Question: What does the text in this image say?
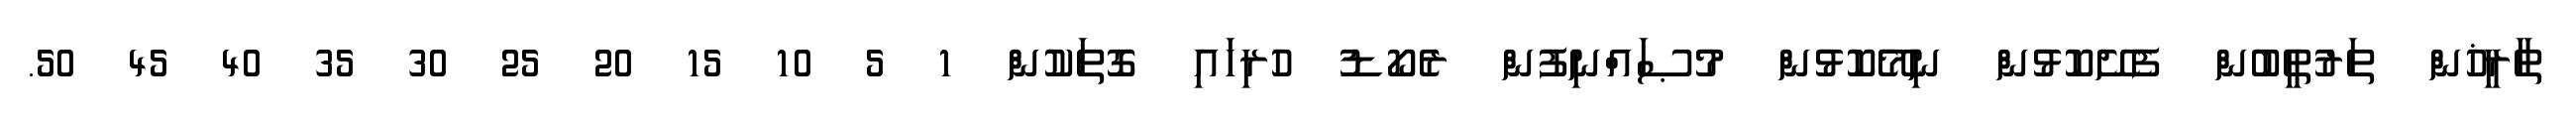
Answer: ތާރީޚުން ތަރުތީބުން ފެށޭކޮޅުން ނިމޭކޮޅުން މުޞައްނިފުން ރެކޯޑު ހުރިހައި ގޮތަކުން 1 5 10 15 20 25 30 35 40 45 50.